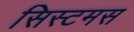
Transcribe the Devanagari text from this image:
सिस्टमस